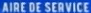
AIRE DE SERVICE